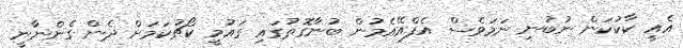
އެއީ ކާކުކަން ނުބުނި ނަމަވެސް އެފްއޭއެމުން ބުނާގޮތުގައި ގައުމީ ކޯޗުކަމަށް ދެން ގެންނާނީ